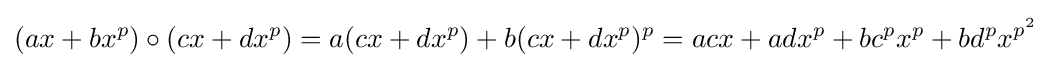
(ax+bx^{p})\circ (cx+dx^{p})=a(cx+dx^{p})+b(cx+dx^{p})^{p}=acx+adx^{p}+bc^{p}x^{p}+bd^{p}x^{p^{2}}